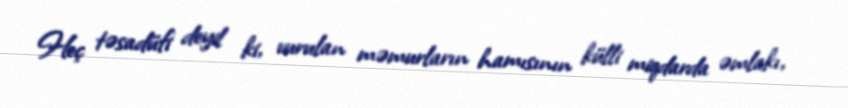
Heç təsadüfi deyil ki, vurulan məmurların hamısının külli miqdarda əmlakı,